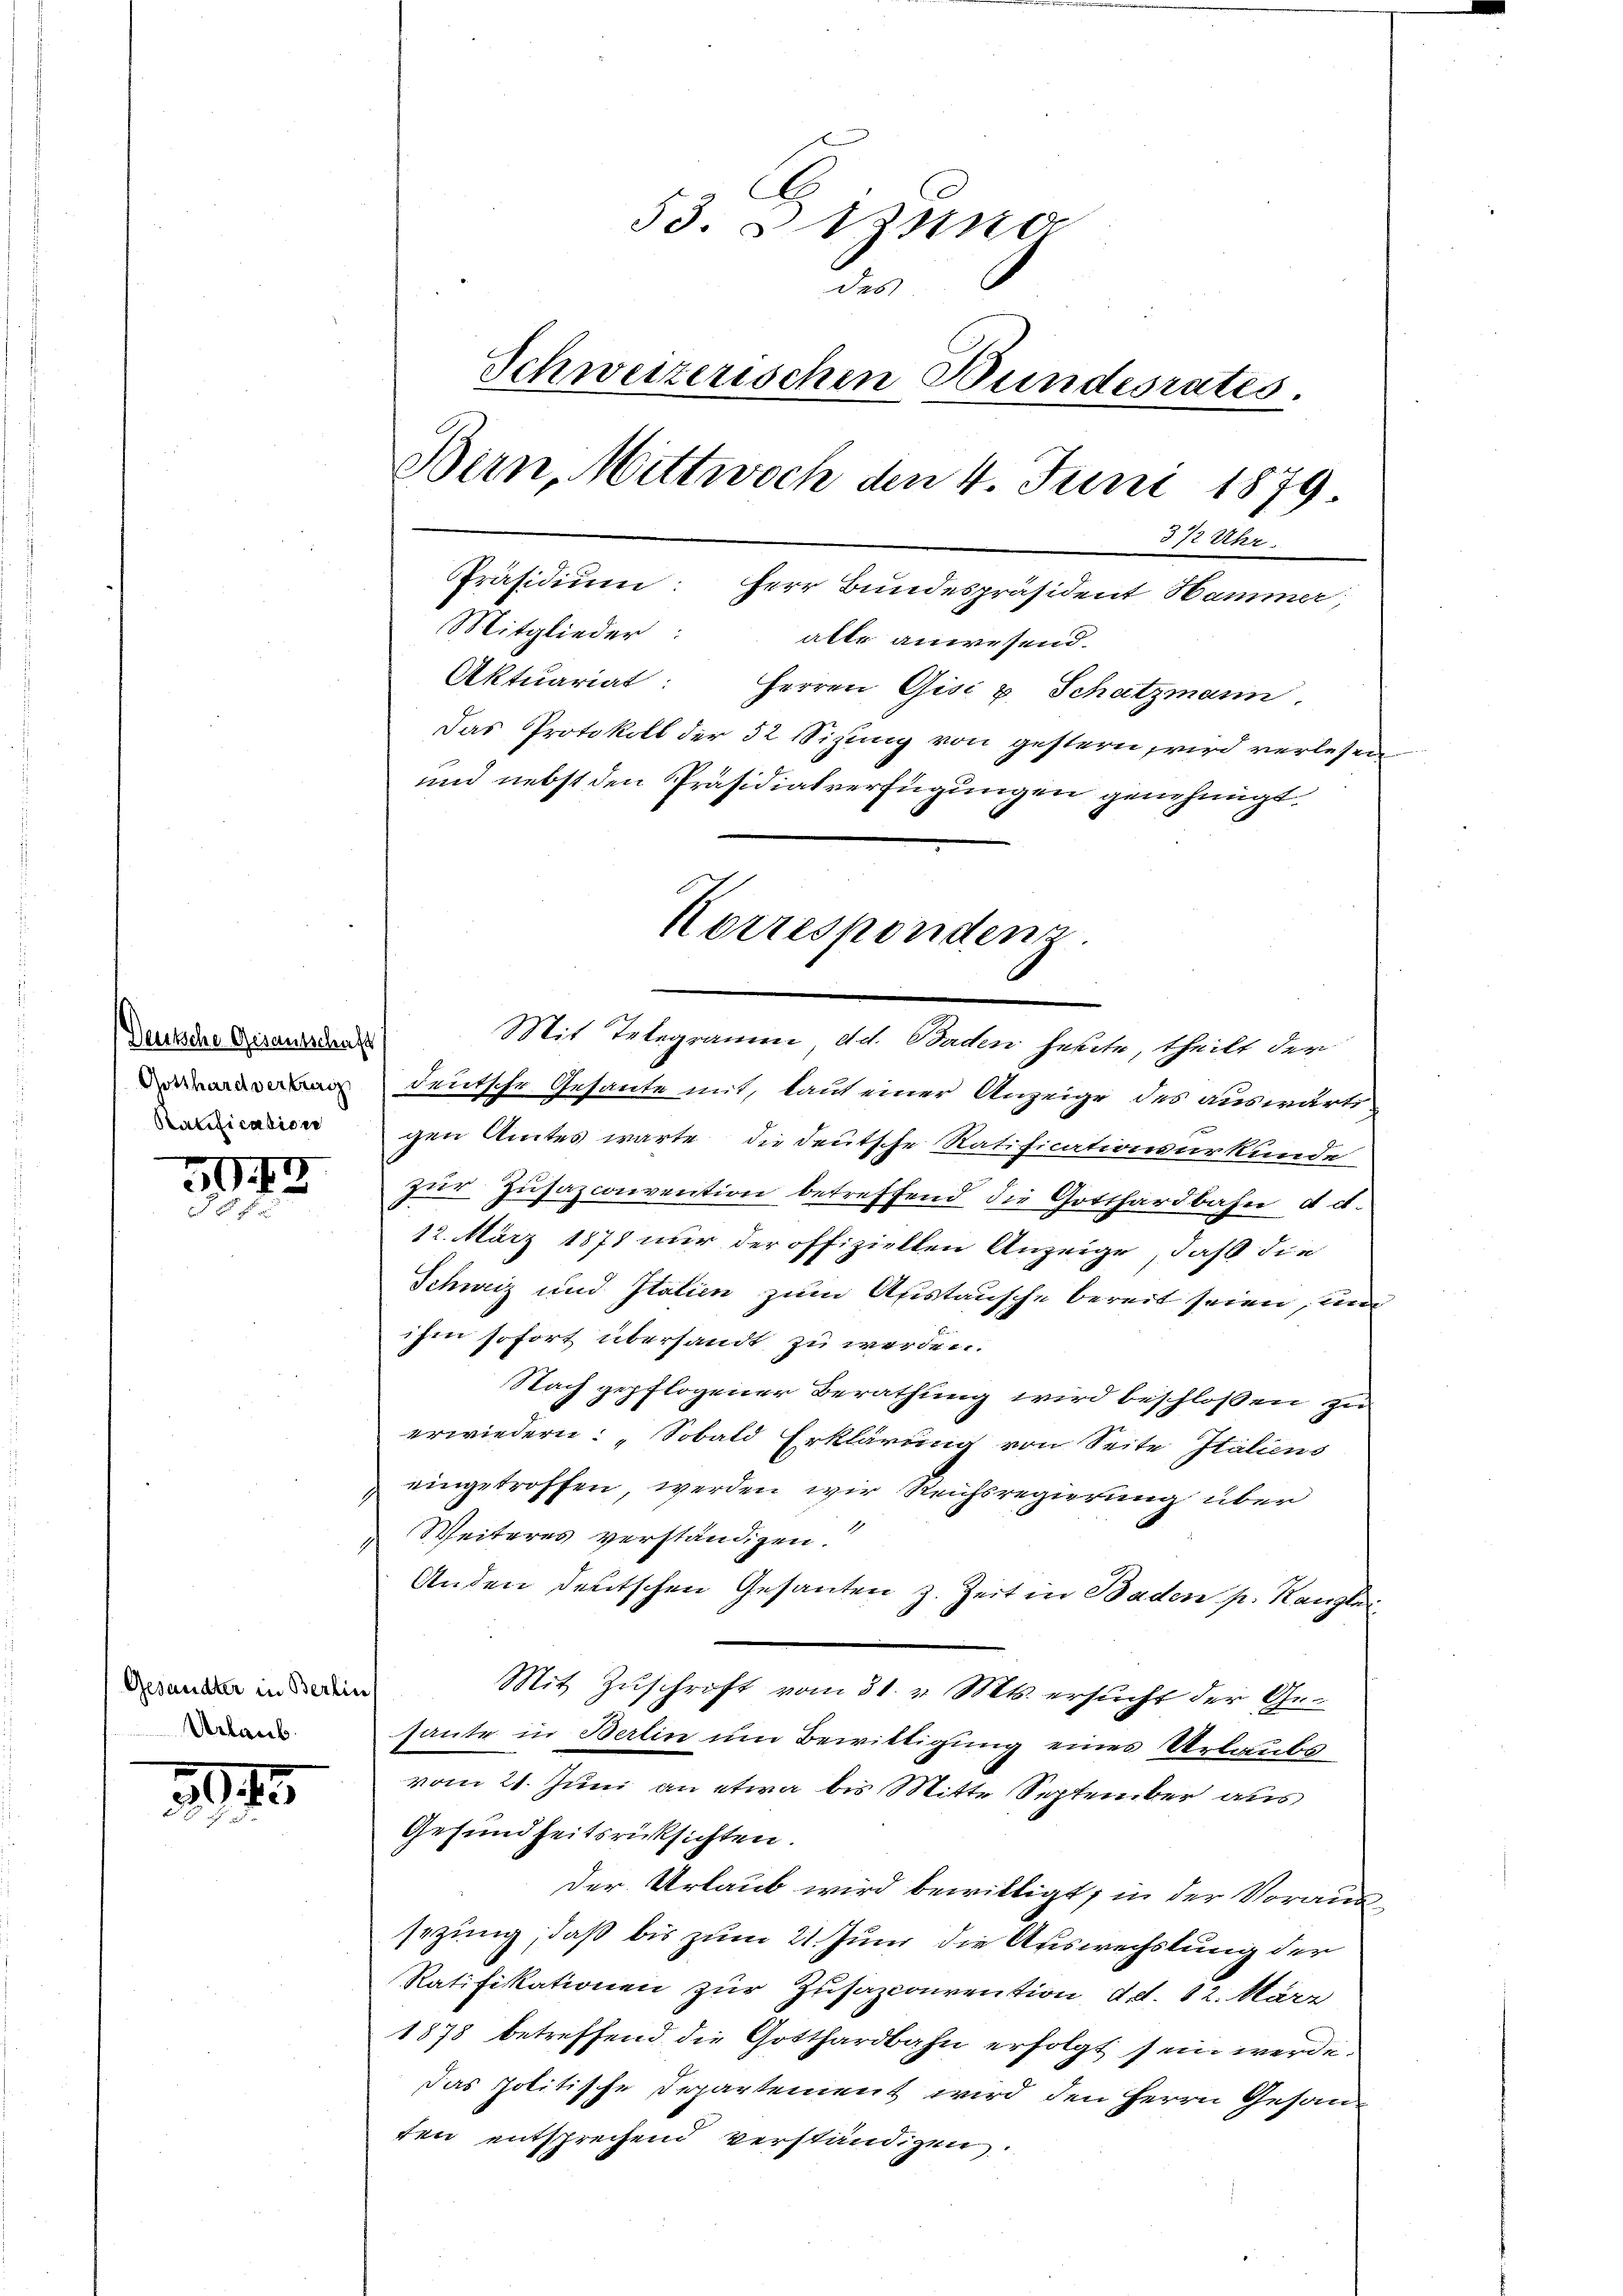
Deutsche Gesandtschaft
Ratification

5042
3

Gesandter in Berlin
Urlaub.

3915
d

53. Dezung
des
Schweizerischen Bundesrates
Bern, Mittwoch den 4. Juni 1879
372 Uhr
Präsidium: Herr Bundespräsident Hammer,
Mitglieder:
alle anwesend.
Aktuariat: Herren Gisi & Schatzmann,
Das Protokoll der 32 Sitzung von gestern, wird verlesen
und nebst den Präsidialverfügungen genehmigt.

deutsche Gesante mit, laut einer Anzeige des auswärtigen Amtes warte die deutsche Ratificationsurkunde
zur Zusazconvention betreffend die Gotthardbahn d et.
12. März 1871 nur der offiziellen Anzeige, daß die
Schweiz und Italien zum Austausche bereit seien, und
ihm sofort übersandt zu werden.
Nach gepflogener Berathung wird beschlossen zu
erwiedern. Sobald Erklärung von Seite Italiens
eingetroffen, werden wir Reichsregierung über
Weiteres verständigen.
h
Anden deutschen Gesanten z. Zeit in Baden p. Kanzlei
Mit Zuschrift vom 31. v. Mts. ersucht der Gehaute in Berlin um Bewittigung eines Urlaubs
vom 21. Juni an etwa bis Mitte September aus
Gesundheitsrücksichten.
Der Urlaub wird bewilligt, in der Voraussezung, daß bis zum 21. Juni die Auswechslung der
Ratifikationen zur Zusazconvention d. d. 12. März
1878 betreffend die Gotthardbahn erfolgt sein werde.
Das politische Departement wird den Herrn Gesan
ten entsprechend verständigen.

Mit Telegramm, d. d. Baden heute, theilt der

Korresponden